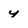
Character: y